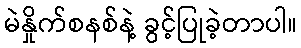
မဲနှိုက်စနစ်နဲ့ ခွင့်ပြုခဲ့တာပါ။